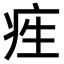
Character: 𤵙